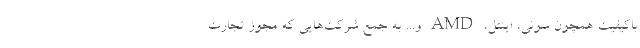
باکیفیت همچون سونی، اینتل، AMD و... به جمع شرکت‌هایی که مجوز تجارت